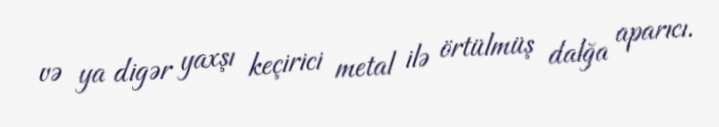
və ya digər yaxşı keçirici metal ilə örtülmüş dalğa aparıcı.